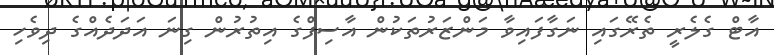
އާޓް ގެލެރީ ތެރޭގައި ނަގާފައިވާ މަންޒަރުތަކުން އާސިފްގެ އިތުރުން ގިނަ އަދަދެއްގެ ދިވެހި